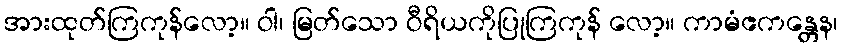
အားထုတ်ကြကုန်လော့။ ဝါ၊ မြတ်သော ဝီရိယကိုပြုကြကုန် လော့။ ကာမံဧကန္တေန၊